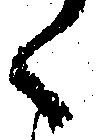
く